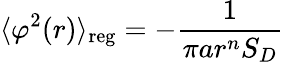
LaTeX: \langle\varphi^{2}(r)\rangle_{\mathrm{reg}}=-\frac{1}{\pi ar^{n}S_{D}}